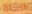
WASHING